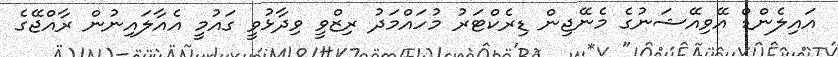
އައިލެންޑް އޭވިއޭޝަނުގެ މެނޭޖިން ޑިރެކްޓަރު މުހައްމަދު ރިޒްވީ ވިދާޅުވީ ގައުމީ އެއާލައިނުން ރާއްޖޭގެ